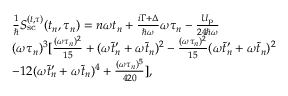
\begin{array} { r l } & { \frac { 1 } { \hbar } S _ { \mathrm { s c } } ^ { ( t , \tau ) } ( t _ { n } , \tau _ { n } ) = n \omega t _ { n } + \frac { i \Gamma + \Delta } { \hbar \omega } \omega \tau _ { n } - \frac { U _ { \mathrm { p } } } { 2 4 \hbar \omega } } \\ & { ( \omega \tau _ { n } ) ^ { 3 } [ \frac { ( \omega \tau _ { n } ) ^ { 2 } } { 1 5 } + ( \omega \tilde { t } _ { n } ^ { \prime } + \omega \tilde { t } _ { n } ) ^ { 2 } - \frac { ( \omega \tau _ { n } ) ^ { 2 } } { 1 5 } ( \omega \tilde { t } _ { n } ^ { \prime } + \omega \tilde { t } _ { n } ) ^ { 2 } } \\ & { - { 1 2 } ( \omega \tilde { t } _ { n } ^ { \prime } + \omega \tilde { t } _ { n } ) ^ { 4 } + \frac { ( \omega \tau _ { n } ) ^ { 5 } } { 4 2 0 } ] , } \end{array}